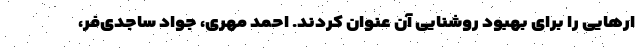
ارهایی را برای بهبود روشنایی آن عنوان کردند. احمد مهری، جواد ساجدی‌فر،